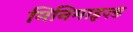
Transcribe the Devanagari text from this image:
मिनिमाइज़्ड